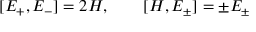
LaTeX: [ E _ { + } , E _ { - } ] = 2 H , \quad \quad [ H , E _ { \pm } ] = \pm E _ { \pm }